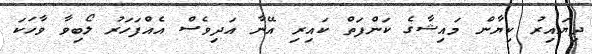
ދިޔައިރު ކިޔާން މައިޝާގެ ކަންފަތް ކައިރި އޭނާ އަދިވެސް އެއްފަހަރު ލޯބިވާ ވާހަކަ